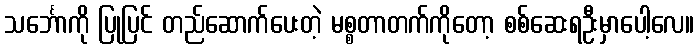
သင်္ဘောကို ပြုပြင် တည်ဆောက်ပေးတဲ့ မစ္စတာတက်ကိုတော့ စစ်ဆေးရဦးမှာပေါ့လေ။